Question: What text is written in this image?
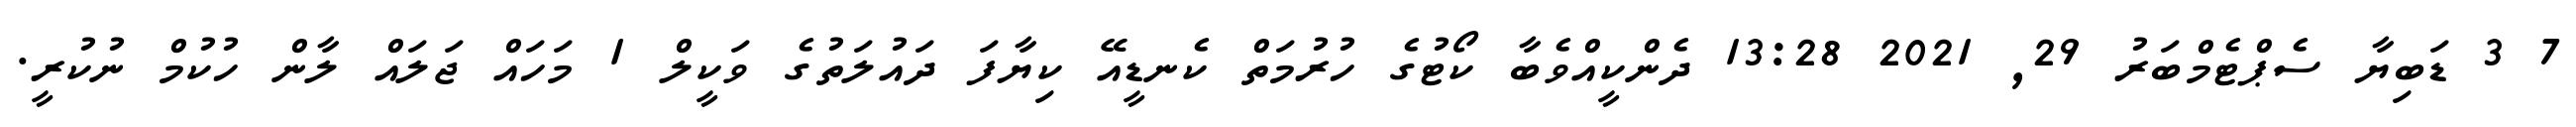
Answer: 7 3 ޑަބިޔާ ސެޕްޓެމްބަރު 29, 2021 13:28 ދެންކީއްވެބާ ކޯޓުގެ ހުރުމަތް ކެނޑީއޭ ކިޔާފަ ދައުލަތުގެ ވަކީލް 1 މަހައް ޖަލައް ލާން ހުކުމް ނުކުރީ.